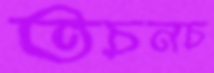
তচনচ